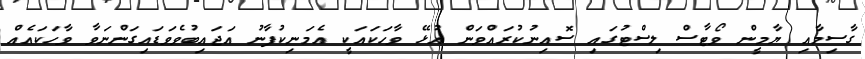
ގާސިމާއި ޔާމީން ވޯޓާސް ލިސްޓުގައި ސޮއިނުކުރައްވަން އުޅޭ ވާހަކައަކީ އެމަނިކުފާނު އަޖައިބުވެވަޑައިގަންނަވާ ވާހަކައެއް